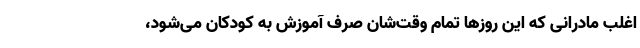
اغلب مادرانی که این روزها تمام وقت‌شان صرف آموزش به کودکان می‌شود،